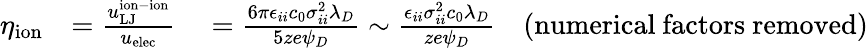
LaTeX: \begin{array}{rl}{\eta_{\mathrm{ion}}}&{=\frac{u_{\mathrm{LJ}}^{\mathrm{ion-ion}}}{u_{\mathrm{elec}}}\quad=\frac{6\pi\epsilon_{ii}c_{0}\sigma_{ii}^{2}\lambda_{D}}{5ze\psi_{D}}\sim\frac{\epsilon_{ii}\sigma_{ii}^{2}c_{0}\lambda_{D}}{ze\psi_{D}}\quad\mathrm{(numerical~factors~removed)}}\end{array}